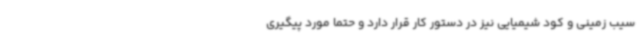
سیب زمینی و کود شیمیایی نیز در دستور کار قرار دارد و حتما مورد پیگیری